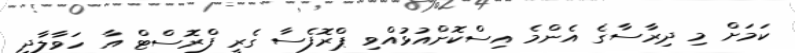
ކަމަށް މި ދިރާސާގެ އެންމެ އިސްކޮށްއުޅުއްވި ޕްރޮފެސާ ގެރީ ފްރޮސްޓް އާ ހަވާލާދީ